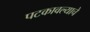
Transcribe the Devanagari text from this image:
पटकावल्याचे